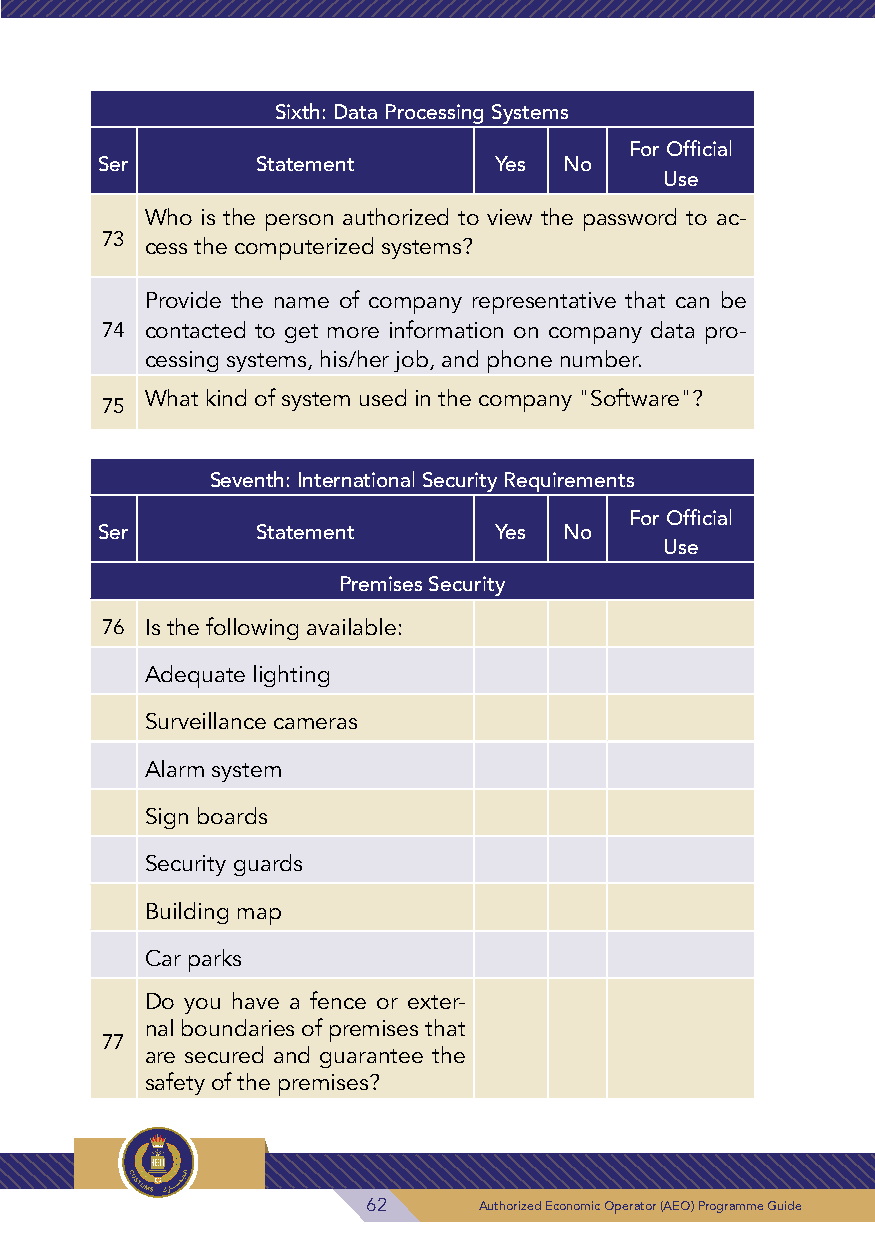
Sixth: Data Processing Systems
 For Official
 Ser        Statement       Yes No
 Use
 Who is the person authorized to view the password to ac-
 73
 cess the computerized systems?
 Provide the name of company representative that can be
 74 contacted to get more information on company data pro-
 cessing systems, his/her job, and phone number.
 What kind of system used in the company "Software"?
 75
 Seventh: International Security Requirements
 For Official
 Ser        Statement       Yes No
 Use
 Premises Security
 76 Is the following available:
 Adequate lighting
 Surveillance cameras
 Alarm system
 Sign boards
 Security guards
 Building map
 Car parks
 Do you have a fence or exter-
 nal boundaries of premises that
 77
 are secured and guarantee the
 safety of the premises?
 62      Authorized Economic Operator (AEO) Programme Guide